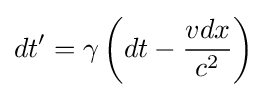
dt'=\gamma \left(dt-{\frac {vdx}{c^{2}}}\right)